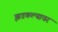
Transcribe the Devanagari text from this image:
झडकल्यावर